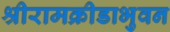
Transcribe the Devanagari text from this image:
श्रीरामक्रीडाभुवन